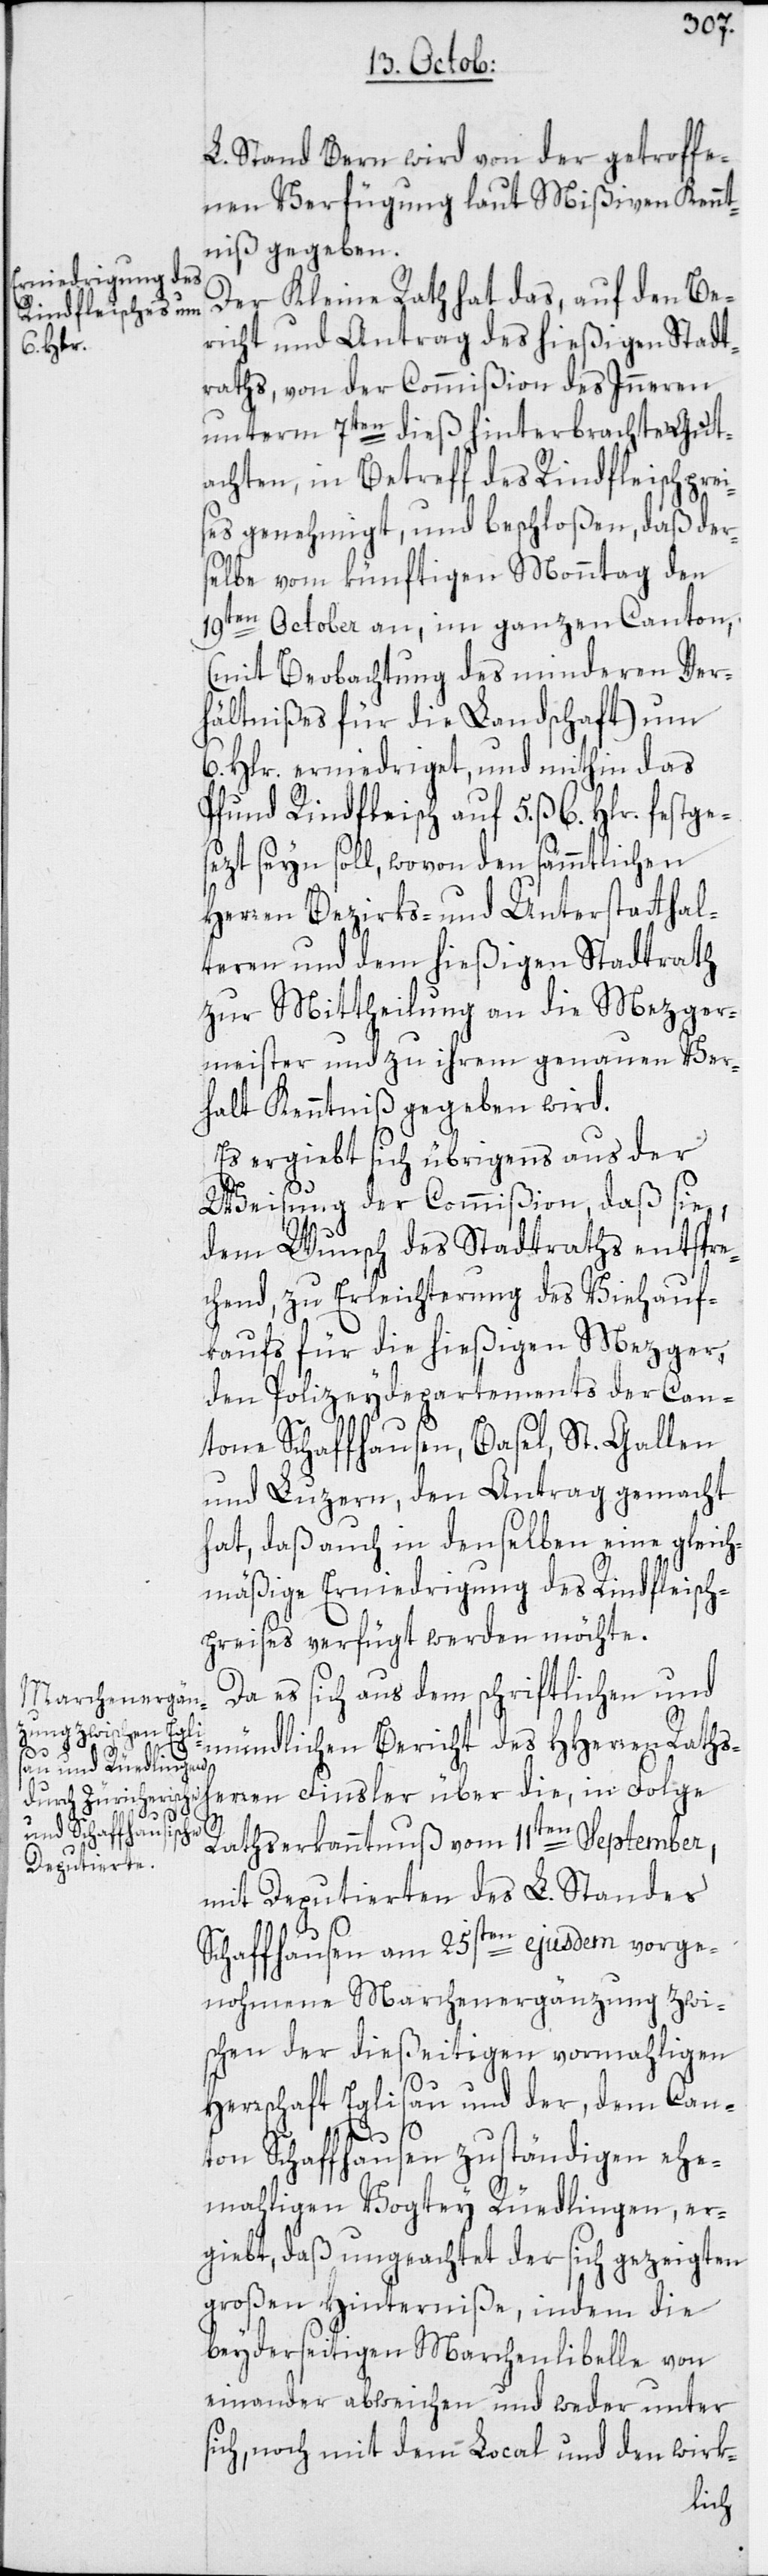
L. Stand Bern wird von der getroffe¬
nen Verfügung laut Mißiven Kennt¬
niß gegeben.
Der Kleine Rath hat das, auf den Be¬
richt und Antrag des hießigen Stadt¬
raths, von der Commißion des Inneren
unterm 7ten dieß hinterbrachten Gut¬
achten, in Betreff des Rindfleischprei¬
ses genehmigt, und beschloßen, daß ders¬
elbe vom künftigen Monntag den
19ten October an, im ganzen Canton,
(mit Beobachtung des minderen Ver¬
hältnißes für die Landschaft) um
6. Hlr. erniedriget, und mithin das
Pfund Rindfleisch auf 5. ß 6. Hlr. festge¬
sezt seyn soll, wovon den sämmtlichen
Herren Bezirks- und Unterstatthal¬
teren und dem hießigen Stadtrath
zur Mittheilung an die Mezger¬
meister und zu ihrem genauen Ver¬
halt Kenntniß gegeben wird.
Es ergiebt sich übrigens aus der
Weisung der Commißion, daß sie,
dem Wunsch des Stadtraths entspre¬
chend, zu Erleichterung des Viehauf¬
kaufs für die hießigen Mezger,
den Polizeydepartements der Can¬
tone Schaffhausen, Basel, St. Gallen
und Luzern, den Antrag gemacht
hat, daß auch in denselben eine gleich¬
mäßige Erniedrigung des Rindfleisch¬
preises verfügt werden möchte.
Da es sich aus dem schriftlichen und
mündlichen Bericht des HHerren Raths¬
s¬
herren Finsler über die, in Folge
Rathserkanntnuß vom 11ten September,
mit Deputierten des L. Standes
Schaffhausen am 25sten ejusdem vorge¬
nohmene Marchenergänzung zwi¬
schen der dießeitigen vormahligen
Herrschaft Eglisau und der, dem Can¬
usen zuständigen ehe¬
ton Schaffha¬
mahligen Vogtey Rüedlingen, er¬
giebt, daß ungeachtet der sich gezeigten
großen Hinterniße, indem die
beyderseitigen Marchenlibelle von¬
einander abweichen und weder unter
ich, noch mit dem Local und den wirk-